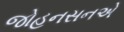
જોહનસનએ